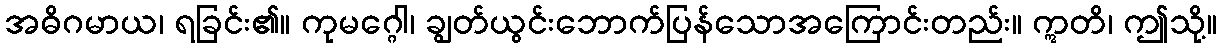
အဓိဂမာယ၊ ရခြင်း၏။ ကုမဂ္ဂေါ၊ ချွတ်ယွင်းဘောက်ပြန်သောအကြောင်းတည်း။ ဣတိ၊ ဤသို့။